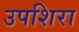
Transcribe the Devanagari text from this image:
उपशिरा